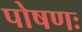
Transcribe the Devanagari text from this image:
पोषणः